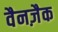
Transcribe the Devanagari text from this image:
वैनज़ैक